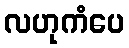
လဟုကံပေ